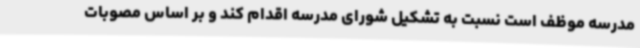
مدرسه موظف است نسبت به تشکیل شورای مدرسه اقدام کند و بر اساس مصوبات